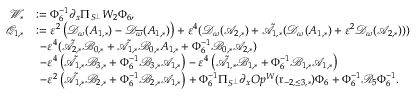
\begin{array} { r l } { \mathcal { W } _ { * } } & { : = \Phi _ { 6 } ^ { - 1 } \partial _ { x } \Pi _ { S ^ { \perp } } W _ { 2 } \Phi _ { 6 } , } \\ { \mathcal { Q } _ { 1 , * } } & { : = \varepsilon ^ { 2 } \left( \mathcal { D } _ { { \omega } } ( A _ { 1 , * } ) - \mathcal { D } _ { \overline { { \omega } } } ( A _ { 1 , * } ) \right) + \varepsilon ^ { 4 } ( \mathcal { D } _ { \omega } ( \mathcal { A } _ { 2 , * } ) + \tilde { \mathcal { A } } _ { 1 , * } ( \mathcal { D } _ { \omega } ( A _ { 1 , * } ) + \varepsilon ^ { 2 } \mathcal { D } _ { \omega } ( \mathcal { A } _ { 2 , * } ) ) ) } \\ & { \ - \varepsilon ^ { 4 } ( \tilde { \mathcal { A } } _ { 2 , * } \mathcal { B } _ { 0 , * } + \tilde { \mathcal { A } } _ { 1 , * } \mathcal { B } _ { 0 , * } A _ { 1 , * } + \Phi _ { 6 } ^ { - 1 } \mathcal { B } _ { 0 , * } \mathcal { A } _ { 2 , * } ) } \\ & { \ - \varepsilon ^ { 4 } \left( \tilde { \mathcal { A } } _ { 1 , * } \mathcal { B } _ { 3 , * } + \Phi _ { 6 } ^ { - 1 } \mathcal { B } _ { 3 , * } \mathcal { A } _ { 1 , * } \right) - \varepsilon ^ { 4 } \left( \tilde { \mathcal { A } } _ { 1 , * } \mathcal { B } _ { 1 , * } + \Phi _ { 6 } ^ { - 1 } \mathcal { B } _ { 1 , * } \mathcal { A } _ { 1 , * } \right) } \\ & { \ - \varepsilon ^ { 2 } \left( \tilde { \mathcal { A } } _ { 1 , * } \mathcal { B } _ { 2 , * } + \Phi _ { 6 } ^ { - 1 } \mathcal { B } _ { 2 , * } \mathcal { A } _ { 1 , * } \right) + \Phi _ { 6 } ^ { - 1 } \Pi _ { S ^ { \perp } } \partial _ { x } O p ^ { W } ( \mathfrak { r } _ { - 2 , \le 3 , * } ) \Phi _ { 6 } + \Phi _ { 6 } ^ { - 1 } \mathcal { R } _ { 5 } \Phi _ { 6 } ^ { - 1 } . } \end{array}